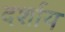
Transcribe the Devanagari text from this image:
दर्शाय